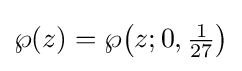
\wp (z)=\wp {\bigl (}z;0,{\tfrac {1}{27}}{\bigr )}